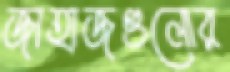
জাহাজগুলোর